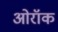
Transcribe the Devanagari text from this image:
ओरॉक